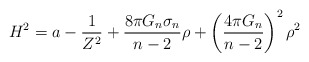
\begin{align*}H^2= a - \frac{1}{Z^2} + \frac{8 \pi G_n \sigma_n}{n-2} \rho + \left (\frac{4 \pi G_n}{n-2} \right)^2 \rho^2\end{align*}